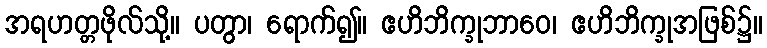
အရဟတ္တဖိုလ်သို့။ ပတွာ၊ ရောက်၍။ ဧဟိဘိက္ခုဘာဝေ၊ ဧဟိဘိက္ခုအဖြစ်၌။